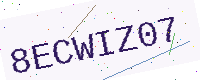
Text: 8ECWIZ07